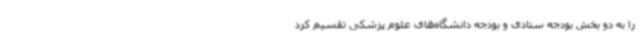
را به دو بخش بودجه ستادی و بودجه دانشگاه‌های علوم پزشکی تقسیم کرد